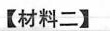
【材料二】